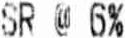
SR @ 6%